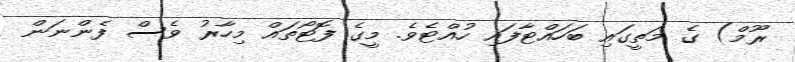
ރޫމް) ގެ މަތީގައި ބަހައްޓާފައި ހުއްޓެވެ. މީގެ ފޮޓޯތައް މިހާރު ވެސް ފެންނަން